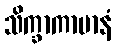
သိက္ခာကာမာနံ